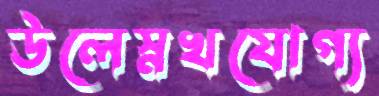
উলেস্নখযোগ্য